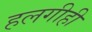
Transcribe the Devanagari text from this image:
हलगीही